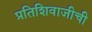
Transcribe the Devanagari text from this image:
प्रतिशिवाजीची